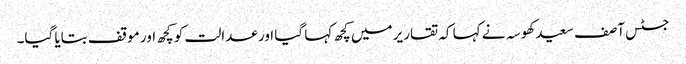
جسٹس آصف سعید کھوسہ نے کہا کہ تقاریر میں کچھ کہا گیا اور عدالت کو کچھ اور موقف بتایا گیا۔